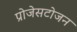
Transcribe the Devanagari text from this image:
प्रोजेसटोजन